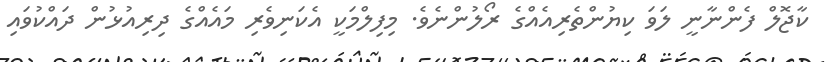
ކާޖޮލް ފެންނާނީ ލަވަ ކިޔުންތެރިއެއްގެ ރޯލުންނެވެ. މިފިލްމަކީ އެކަނިވެރި މައެއްގެ ދިރިއުޅުން ދައްކުވައި